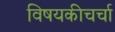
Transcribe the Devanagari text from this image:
विषयकीचर्चा